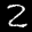
Label: 2